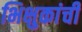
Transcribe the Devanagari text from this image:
भिक्षुकांची